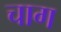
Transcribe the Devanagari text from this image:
चाग